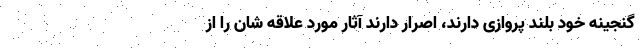
گنجینه خود بلند پروازی دارند، اصرار دارند آثار مورد علاقه شان را از